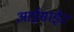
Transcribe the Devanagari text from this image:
आईसाईट